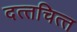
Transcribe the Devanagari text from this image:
दत्‍तचित्‍त